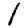
Digit: 1